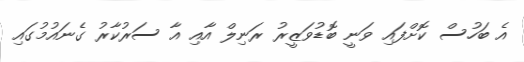
އެ ބަހުސް ކޮށްފައި ވަނީ ބޮޑުވަޒީރު ރަނިލް އާއި އާ ސަރުކާރު ގެނައުމުގައި